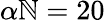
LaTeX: \alpha\mathbb{N}=20